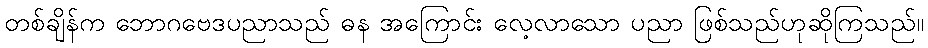
တစ်ချိန်က ဘောဂဗေဒပညာသည် ဓန အကြောင်း လေ့လာသော ပညာ ဖြစ်သည်ဟုဆိုကြသည်။